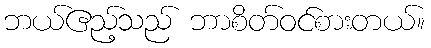
ဘယ်ဧည့်သည် ဘာစိတ်ဝင်စားတယ်။